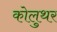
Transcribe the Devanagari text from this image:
कोलुथर